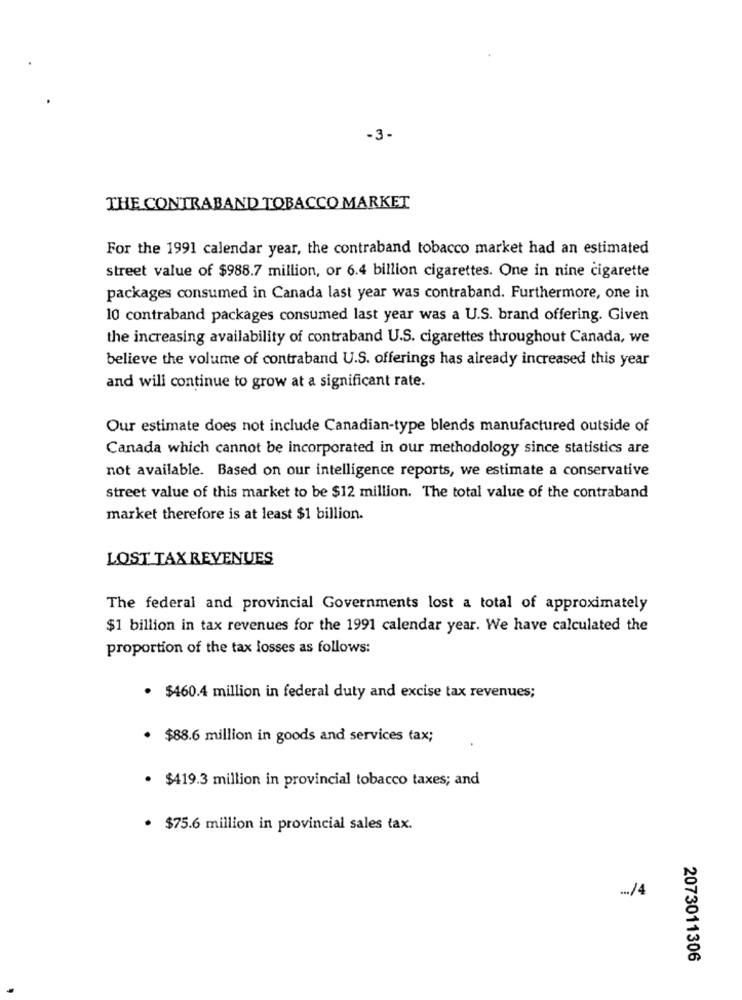
-3-
THE CONTRABAND TOBACCO MARKET
For the 1991 calendar year, the contraband tobacco market had an estimated
street value of $988.7 million, or 6.4 billion cigarettes. One in nine cigarette
packages consumed in Canada last year was contraband. Furthermore, one in
10 contraband packages consumed last year was a U.S. brand offering. Given
the increasing availability of contraband U.S. cigarettes throughout Canada, we
believe the volume of contraband U.S. offerings has already increased this year
and will continue to grow at a significant rate.
Our estimate does not include Canadian-type blends manufactured outside of
Canada which cannot be incorporated in our methodology since statistics are
not available. Based on our intelligence reports, we estimate a conservative
street value of this market to be $12 million. The total value of the contraband
market therefore is at least $1 billion.
LOST TAX REVENUES
The federal and provincial Governments lost a total of approximately
$1 billion in tax revenues for the 1991 calendar year. We have calculated the
proportion of the tax losses as follows:
· $460.4 million in federal duty and excise tax revenues;
· $88.6 million in goods and services tax;
· $419.3 million in provincial tobacco taxes; and
· $75.6 million in provincial sales tax.
... /4
2073011306